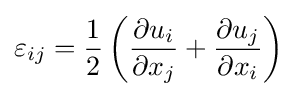
{\varepsilon _{ij}}={\frac {1}{2}}\left({{\frac {\partial {u_{i}}}{\partial {x_{j}}}}+{\frac {\partial {u_{j}}}{\partial {x_{i}}}}}\right)